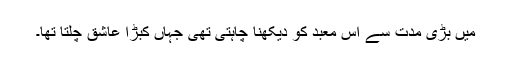
میں بڑی مدت سے اس معبد کو دیکھنا چاہتی تھی جہاں کبڑا عاشق چلتا تھا۔